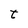
Character: t